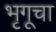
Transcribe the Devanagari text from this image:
भृगूचा